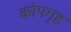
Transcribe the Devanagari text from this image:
कोपगृह